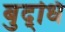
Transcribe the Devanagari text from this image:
बुद्‌धि